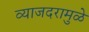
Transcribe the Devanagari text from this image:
व्याजदरामुळे